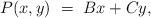
LaTeX: \begin{align*}P(x,y) ~=~ Bx+Cy,\end{align*}